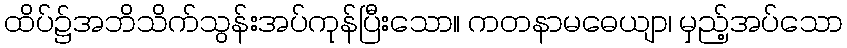
ထိပ်၌အဘိသိက်သွန်းအပ်ကုန်ပြီးသော။ ကတနာမဓေယျာ၊ မှည့်အပ်သော